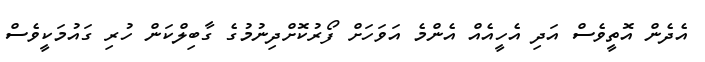
އެދެން އޮތީވެސް އަދި އެހީއެއް އެންމެ އަވަހަށް ފޯރުކޮށްދިނުމުގެ ގާބިލްކަން ހުރި ގައުމަކީވެސް